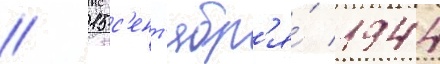
// 15 с'ент'ябр'я́ 1944